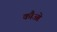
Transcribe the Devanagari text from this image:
कौओ